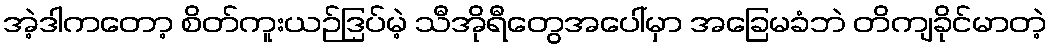
အဲ့ဒါကတော့ စိတ်ကူးယဉ်ဒြပ်မဲ့ သီအိုရီတွေအပေါ်မှာ အခြေမခံဘဲ တိကျခိုင်မာတဲ့